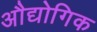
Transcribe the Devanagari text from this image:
अौद्योगिक